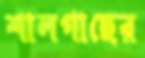
শালগাছের